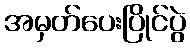
အမှတ်ပေးပြိုင်ပွဲ